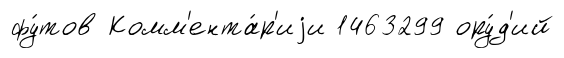
фу́тов Комм'ента́р'иjи 1463299 ору́д'ий